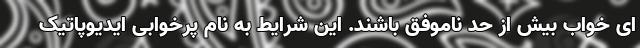
ای خواب بیش از حد ناموفق باشند. این شرایط به نام پرخوابی ایدیوپاتیک